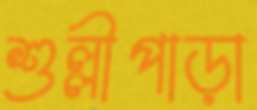
শুল্লীপাড়া